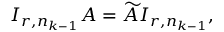
I _ { r , n _ { k - 1 } } A = \widetilde { A } I _ { r , n _ { k - 1 } } ,